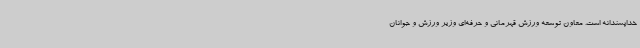
خداپسندانه است. معاون توسعه ورزش قهرمانی و حرفه‌ای وزیر ورزش و جوانان